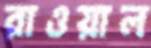
রাওয়াল